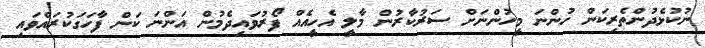
ނުކުޅެދުންތެރިކަން ހުންނަ މީހުންނަށް ސަރުކާރުން މާލީ އެހީއެއް ފޯރުވައިދެމުން އަންނަ ކަން ފާހަގަކުރައްވައި